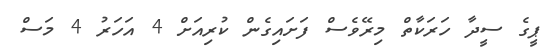
ޕީގެ ސީދާ ހަރަކާތް މިރޭވެސް ފަށައިގެން ކުރިއަށް 4 އަހަރު 4 މަސް